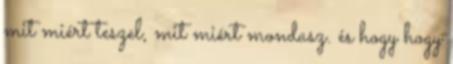
mit miért teszel, mit miért mondasz. és hogy hogy